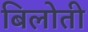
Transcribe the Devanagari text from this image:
बिलोती